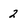
Character: 2